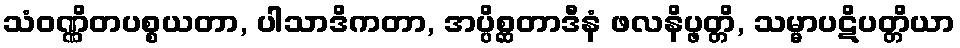
သံဝဏ္ဏိတပစ္စယတာ, ပါသာဒိကတာ, အပ္ပိစ္ဆတာဒီနံ ဖလနိပ္ဖတ္တိ, သမ္မာပဋိပတ္တိယာ